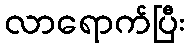
လာရောက်ပြီး